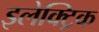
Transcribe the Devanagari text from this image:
इलेक्‍ट्रिक